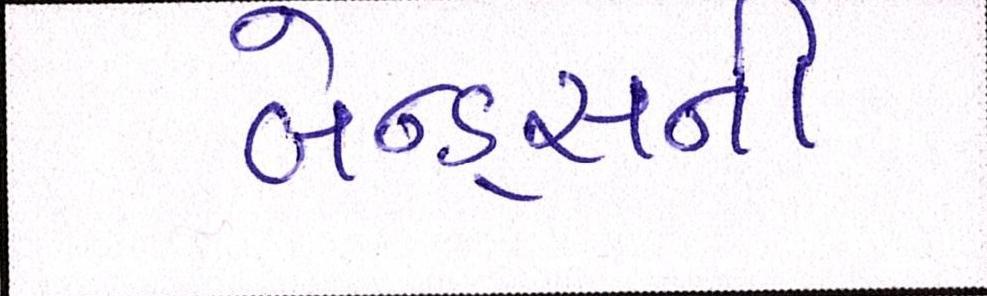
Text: બેન્ડ્સની